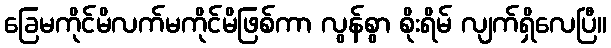
ခြေမကိုင်မိလက်မကိုင်မိဖြစ်ကာ လွန်စွာ စိုးရိမ် လျက်ရှိလေပြီ။